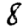
Digit: 8